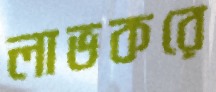
লাভকরে